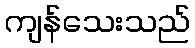
ကျန်သေးသည်